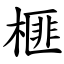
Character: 榧